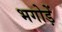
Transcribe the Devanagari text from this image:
भगोड़ें